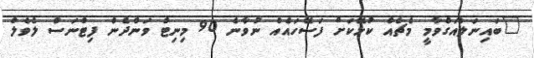
"ބައިނަލްއަގްވާމީ މެޗެއް ކުޅޭކަށް ފަސޭހައެއް ނުވާނެ 90 މިނިޓް ވަންދެން ފިޓްނަސް ލެވެލް